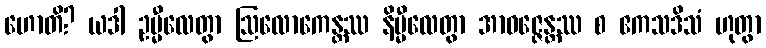
ဟောတိ? ယဒါ ဥမ္မီလေတွာ ဩလောကေန္တဿ နိမ္မီလေတွာ အာဝဇ္ဇေန္တဿ စ ဧကသဒိသံ ဟုတွာ